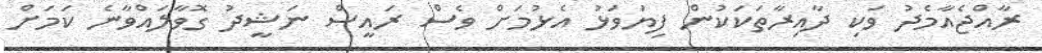
ރާއްޖެއާމެދު ވަކި ދާއިރާތަކަކުން ފިޔަވަޅު އެޅުމަށް ވެސް ރައީސް ނަޝީދު ގޮވާލައްވާނެ ކަމަށް